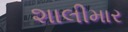
શાલીમાર